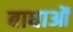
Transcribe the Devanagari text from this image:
बाधाऒं